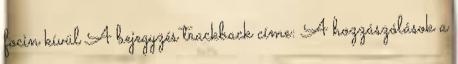
focin kívül A bejegyzés trackback címe: A hozzászólások a